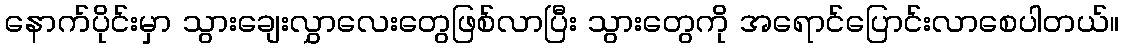
နောက်ပိုင်းမှာ သွားချေးလွှာလေးတွေဖြစ်လာပြီး သွားတွေကို အရောင်ပြောင်းလာစေပါတယ်။